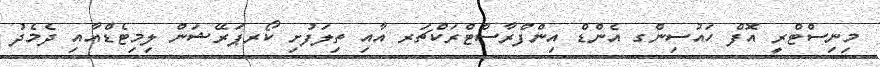
މިނިސްޓްރީ އޮފް ހައުސިންގ އެންޑް އިންފްރާސްޓްރަކްޗަރ އާއި ތިލަފުށި ކޯރޕަރޭޝަން ލިމިޓެޑްއާއި ދެމެދު